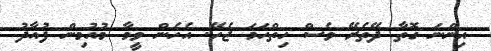
އިންނަ ގޮތާ ދޭތެރޭ ވެސް ހިތްހަމަ ޖެހޭ. އެހެން ވީމާ މުއުމިން ފުއާދު